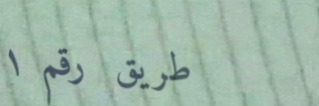
طريق رقم ١